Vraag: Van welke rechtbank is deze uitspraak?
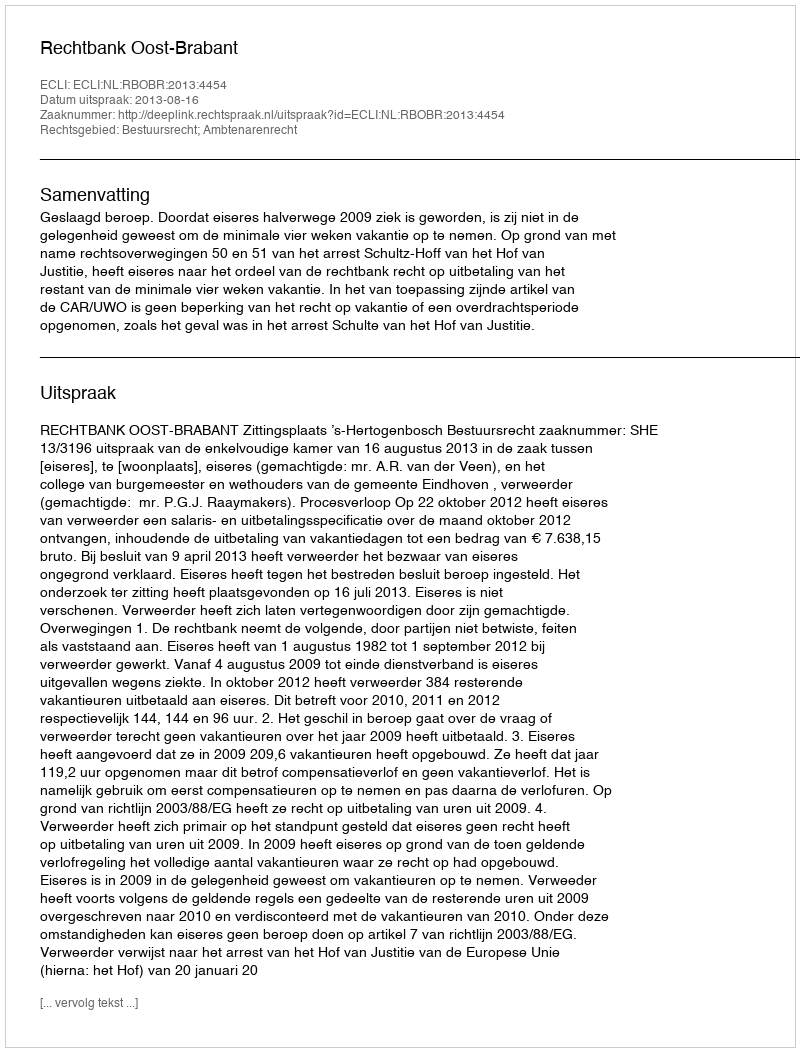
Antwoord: Rechtbank Oost-Brabant